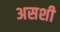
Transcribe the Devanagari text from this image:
असशी